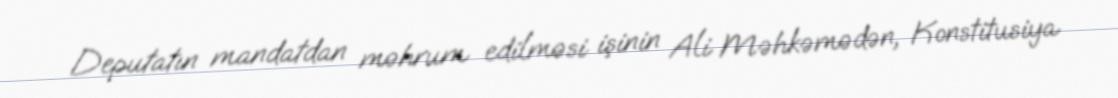
Deputatın mandatdan məhrum edilməsi işinin Ali Məhkəmədən, Konstitusiya